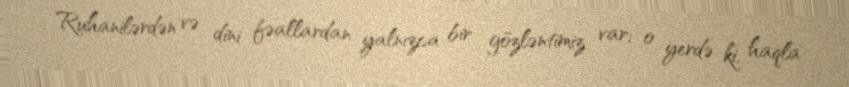
Ruhanilərdən və dini fəallardan yalnızca bir gözləntimiz var; o yerdə ki, haqla